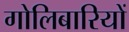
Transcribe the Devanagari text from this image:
गोलिबारियों